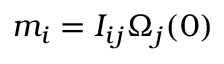
m _ { i } = I _ { i j } \Omega _ { j } ( 0 )